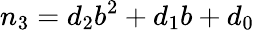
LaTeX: n_{3}=d_{2}b^{2}+d_{1}b+d_{0}